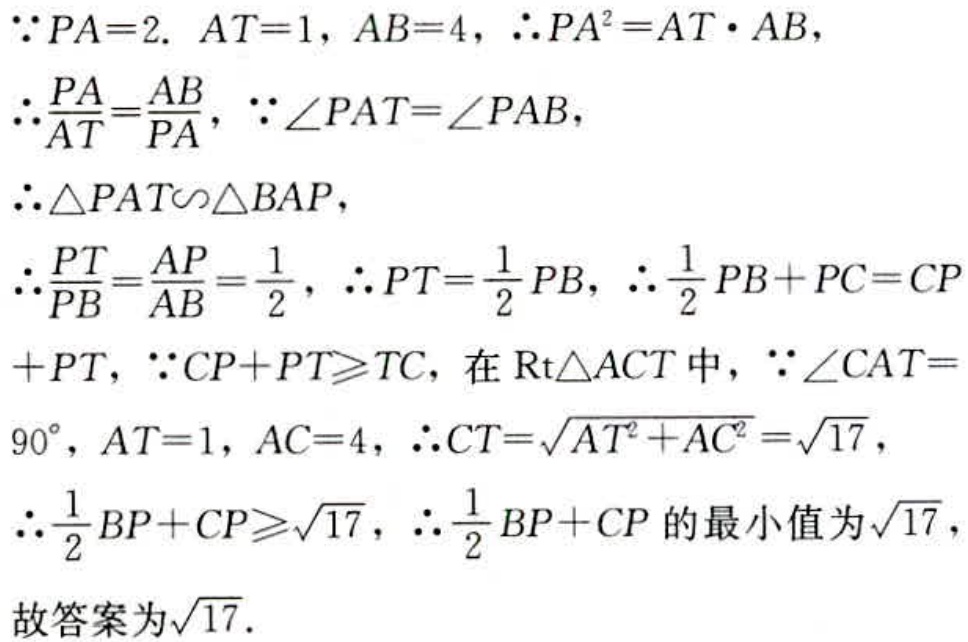
\(\because PA = 2\). \(AT = 1\), \(AB = 4\), \(\therefore PA^{2}=AT\cdot AB\),
\(\therefore\frac{PA}{AT}=\frac{AB}{PA}\), \(\because\angle PAT=\angle PAB\),
\(\therefore\triangle PAT\sim\triangle BAP\),
\(\therefore\frac{PT}{PB}=\frac{AP}{AB}=\frac{1}{2}\), \(\therefore PT=\frac{1}{2}PB\), \(\therefore\frac{1}{2}PB + PC = CP+PT\), \(\because CP + PT\geqslant TC\), 在\(\text{Rt}\triangle ACT\)中, \(\because\angle CAT = 90^{\circ}\), \(AT = 1\), \(AC = 4\), \(\therefore CT=\sqrt{AT^{2}+AC^{2}}=\sqrt{17}\),
\(\therefore\frac{1}{2}BP + CP\geqslant\sqrt{17}\), \(\therefore\frac{1}{2}BP + CP\)的最小值为\(\sqrt{17}\),
故答案为\(\sqrt{17}\).